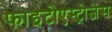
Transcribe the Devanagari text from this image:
फाइटोएस्ट्रोजेंस